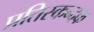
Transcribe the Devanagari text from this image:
प्रतिस्कन्दक